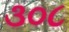
૩૦૮